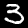
Digit: 3